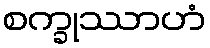
စက္ခုဿာဟံ